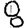
Digit: 8